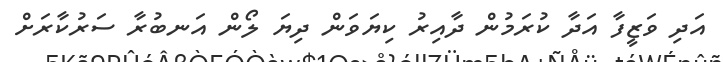
އަދި ވަޒީފާ އަދާ ކުރަމުން ދާއިރު ކިޔަވަން ދިޔަ ލޯން އަނބުރާ ސަރުކާރަށް